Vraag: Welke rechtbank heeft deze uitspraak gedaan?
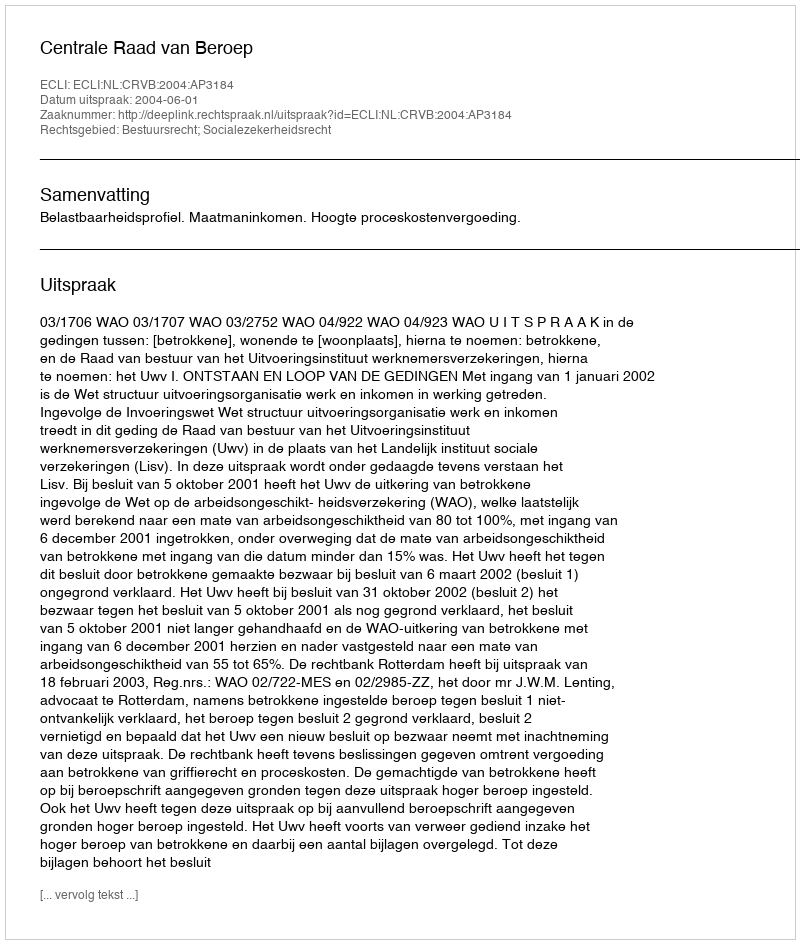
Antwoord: Centrale Raad van Beroep